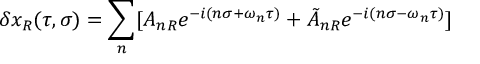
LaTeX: \delta x _ { R } ( \tau , \sigma ) = \sum _ { n } [ A _ { n R } e ^ { - i ( n \sigma + \omega _ { n } \tau ) } + \tilde { A } _ { n R } e ^ { - i ( n \sigma - \omega _ { n } \tau ) } ]